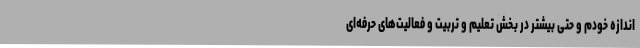
اندازه خودم و حتی بیشتر در بخش تعلیم و تربیت و فعالیت‌های حرفه‌ای